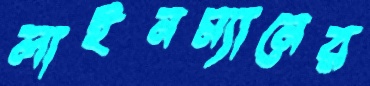
লাইনম্যানের